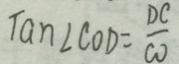
\tan \angle C O D = \frac { D C } { C O }